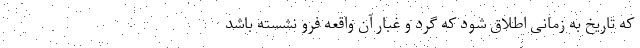
که تاریخ به زمانی اطلاق شود که گرد و غبار آن واقعه فرو نشسته باشد